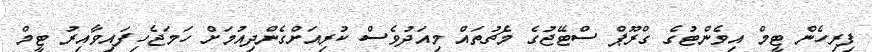
ފިރިހެން ޓީމް އިވެންޓުގެ ގްރޫޕް ސްޓޭޖުގެ މެޗުތައް މިއަދުވެސް ކުރިއަށްގެންދިއުމަށް ހަމަޖެހިފައިވާއިރު ޓީމް